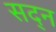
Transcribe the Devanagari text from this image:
सद्न